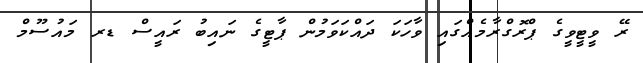
ރޭ ވީޓީވީގެ ޕްރޮގްރާމެއްގައި ވާހަކަ ދައްކަވަމުން ޕާޓީގެ ނައިބު ރައީސް ޑރ މައުސޫމް